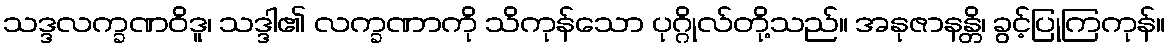
သဒ္ဒလက္ခဏဝိဒူ၊ သဒ္ဒါ၏ လက္ခဏာကို သိကုန်သော ပုဂ္ဂိုလ်တို့သည်။ အနုဇာနန္တိ၊ ခွင့်ပြုကြကုန်။